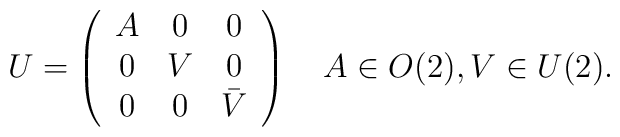
U = \left( \begin{array}{ccc} A & 0 & 0 \\ 0 & V & 0 \\ 0 & 0 & \bar{V} \end{array} \right) \quad A \in O(2), V \in U(2) .